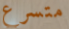
متسرع